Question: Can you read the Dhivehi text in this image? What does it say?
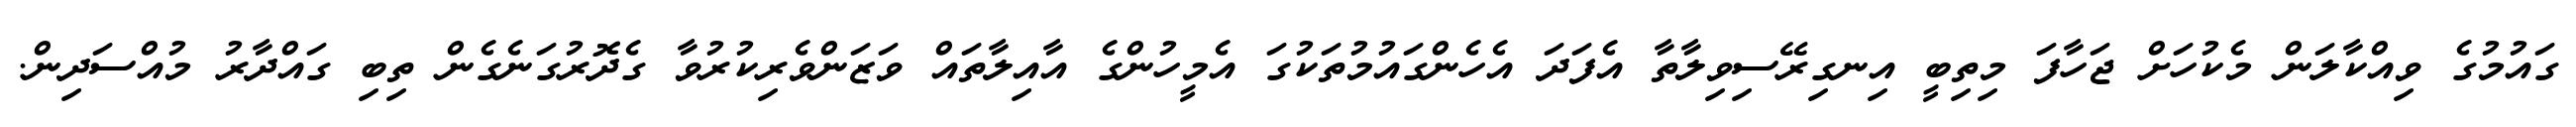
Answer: ގައުމުގެ ވިއްކާލަން މެކުހަށް ޖަހާފަ މިތިބީ އިނގިރޭސިވިލާތާ އެފަދަ އެހެންގައުމުތަކުގަ އެމީހުންގެ އާއިލާތައް ވަޒަންވެރިކުރުވާ ގެދޮރުގަނެގެން ތިބި ގައްދާރު މުއްސަދިން.